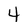
Character: 4